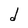
Character: d